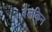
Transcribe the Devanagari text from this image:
बेलकिन